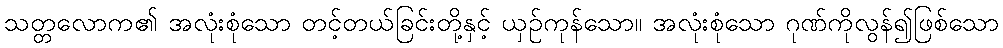
သတ္တလောက၏ အလုံးစုံသော တင့်တယ်ခြင်းတို့နှင့် ယှဉ်ကုန်သော။ အလုံးစုံသော ဂုဏ်ကိုလွန်၍ဖြစ်သော